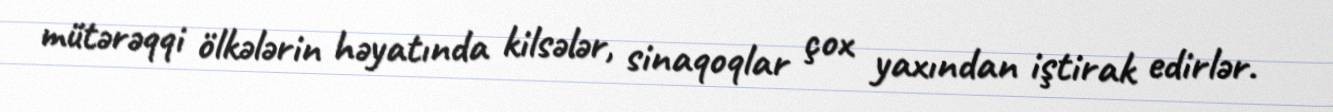
mütərəqqi ölkələrin həyatında kilsələr, sinaqoqlar çox yaxından iştirak edirlər.